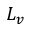
L _ { v }